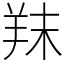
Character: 䍪